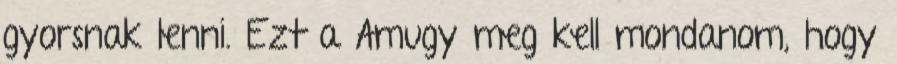
gyorsnak lenni. Ezt a Amugy meg kell mondanom, hogy